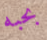
بحبه